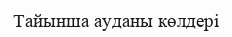
Тайынша ауданы көлдері